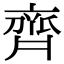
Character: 齊